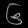
Digit: ၆